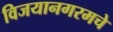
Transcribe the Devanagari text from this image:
विजयानगरमचे